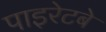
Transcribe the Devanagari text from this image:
पाइरेटबे